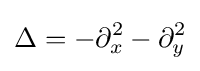
\displaystyle \Delta =-\partial _{x}^{2}-\partial _{y}^{2}